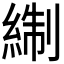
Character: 𰫬